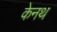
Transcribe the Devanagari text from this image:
केनथ